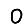
Digit: 0